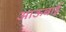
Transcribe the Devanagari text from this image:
आऊबाई